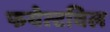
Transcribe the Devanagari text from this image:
फयेत्टविल